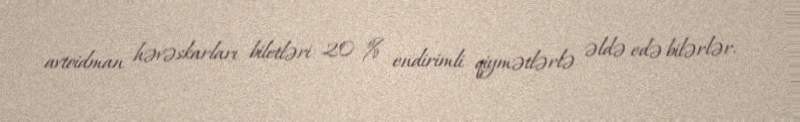
avtoidman həvəskarları biletləri 20 % endirimli qiymətlərlə əldə edə bilərlər.